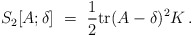
\begin{align*}S_2[A;\delta] ~=~ \frac{1}{2} {\rm tr} (A-\delta)^2K \, .\end{align*}